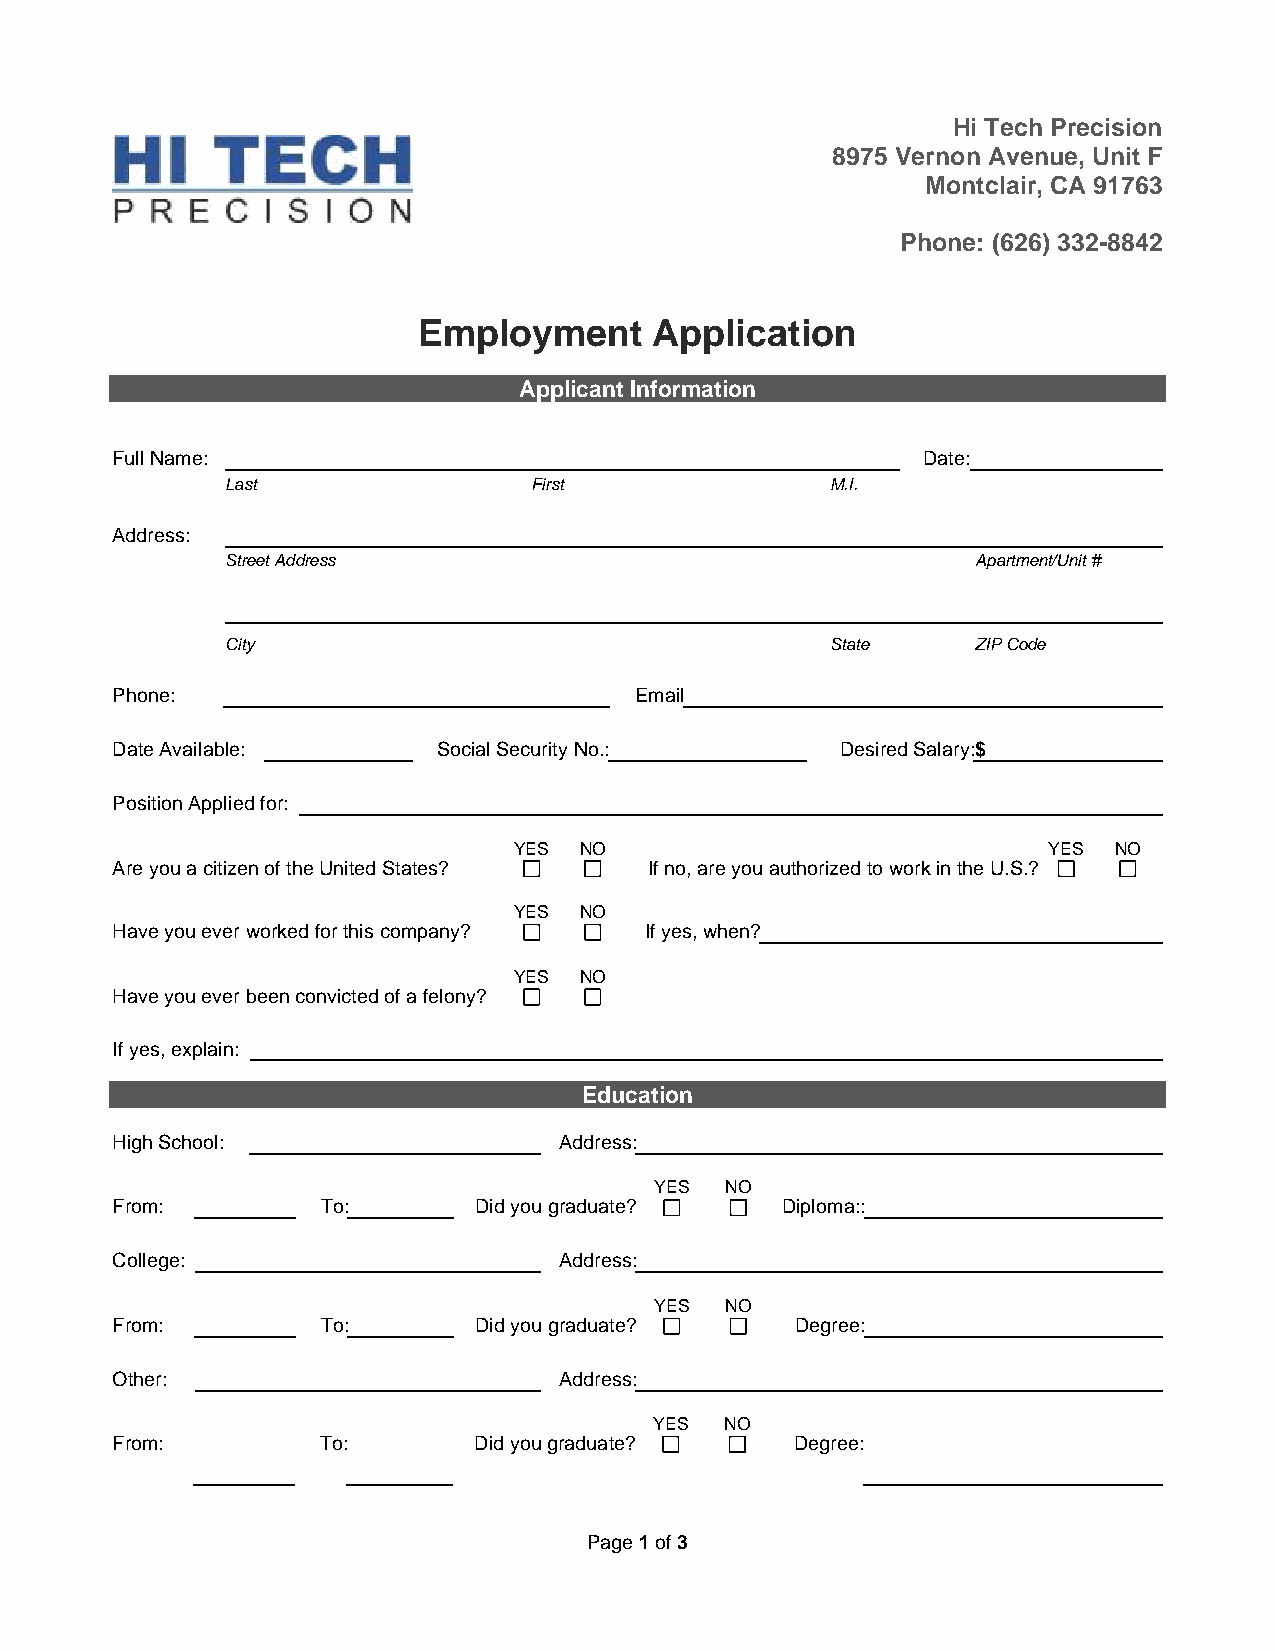
Hi Tech Precision
 8975 Vernon Avenue, Unit F
 Montclair, CA 91763
 Phone: (626) 332-8842
 Employment     Application
 Applicant Information
 Full Name:                                            Date:
 Last                First               M.I.
 Address:
 Street Address                                    Apartment/Unit #
 City                                    State     ZIP Code
 Phone:                             Email
 Date Available:       Social Security No.:       Desired Salary: $
 Position Applied for:
 YES NO                             YES  NO
 Are you a citizen of the United States? If no, are you authorized to work in the U.S.?
 YES NO
 Have you ever worked for this company? If yes, when?
 YES NO
 Have you ever been convicted of a felony?
 If yes, explain:
 Education
 High School:                  Address:
 YES  NO
 From:         To:       Did you graduate?    Diploma::
 College:                      Address:
 YES  NO
 From:         To:       Did you graduate?     Degree:
 Other:                        Address:
 YES  NO
 From:         To:       Did you graduate?     Degree:
 Page 1 of 3